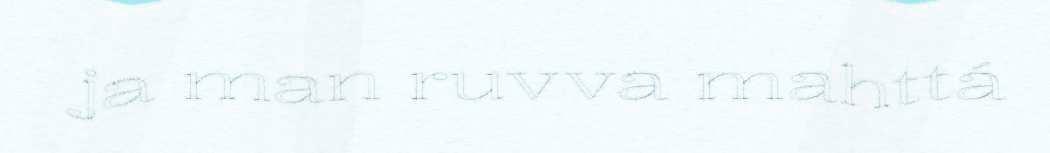
ja man ruvva mahttá